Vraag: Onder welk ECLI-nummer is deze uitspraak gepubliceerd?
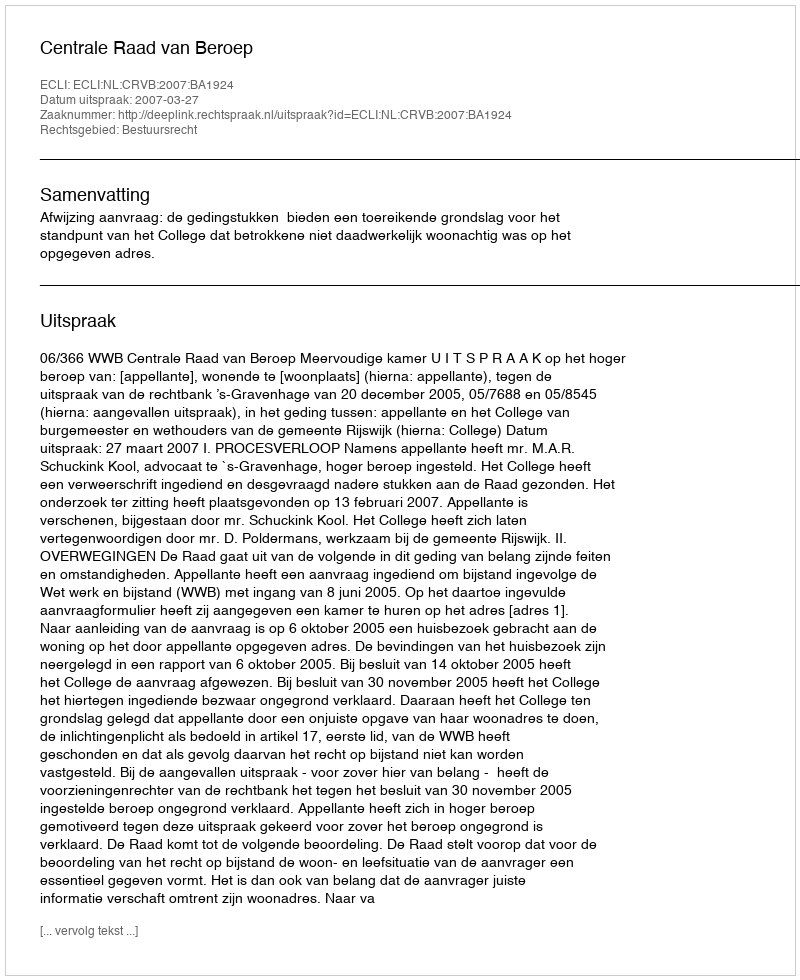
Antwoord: ECLI:NL:CRVB:2007:BA1924